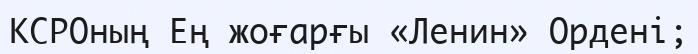
КСРОның Ең жоғарғы «Ленин» Ордені;